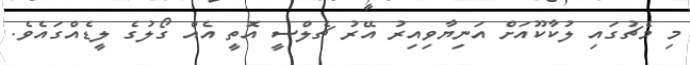
މި މެޗުގައި ލުކާކޫއަށް އަނިޔާވިއިރު އޭރު ޗެލްސީ އޮތީ އެއް ގޯލުގެ ލީޑެއްގައެވެ.